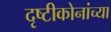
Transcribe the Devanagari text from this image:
दृष्टीकोनांच्या